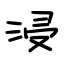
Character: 浸